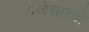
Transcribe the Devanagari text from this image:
पेजेसारखे